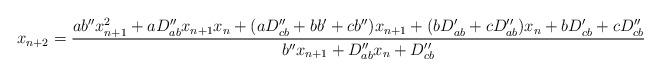
LaTeX: \begin{align*}x_{n+2}=\frac{ab^{\prime\prime}x_{n+1}^{2}+aD_{ab}^{\prime\prime}x_{n+1}x_{n}+(aD_{cb}^{\prime\prime}+bb^{\prime}+cb^{\prime\prime})x_{n+1}+(bD_{ab}^{\prime}+cD_{ab}^{\prime\prime})x_{n}+bD_{cb}^{\prime}+cD_{cb}^{\prime\prime}}{b^{\prime\prime}x_{n+1}+D_{ab}^{\prime\prime}x_{n}+D_{cb}^{\prime\prime}} \end{align*}